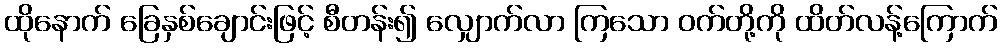
ထိုနောက် ခြေနှစ်ချောင်းဖြင့် စီတန်း၍ လျှောက်လာ ကြသော ဝက်တို့ကို ထိတ်လန့်ကြောက်